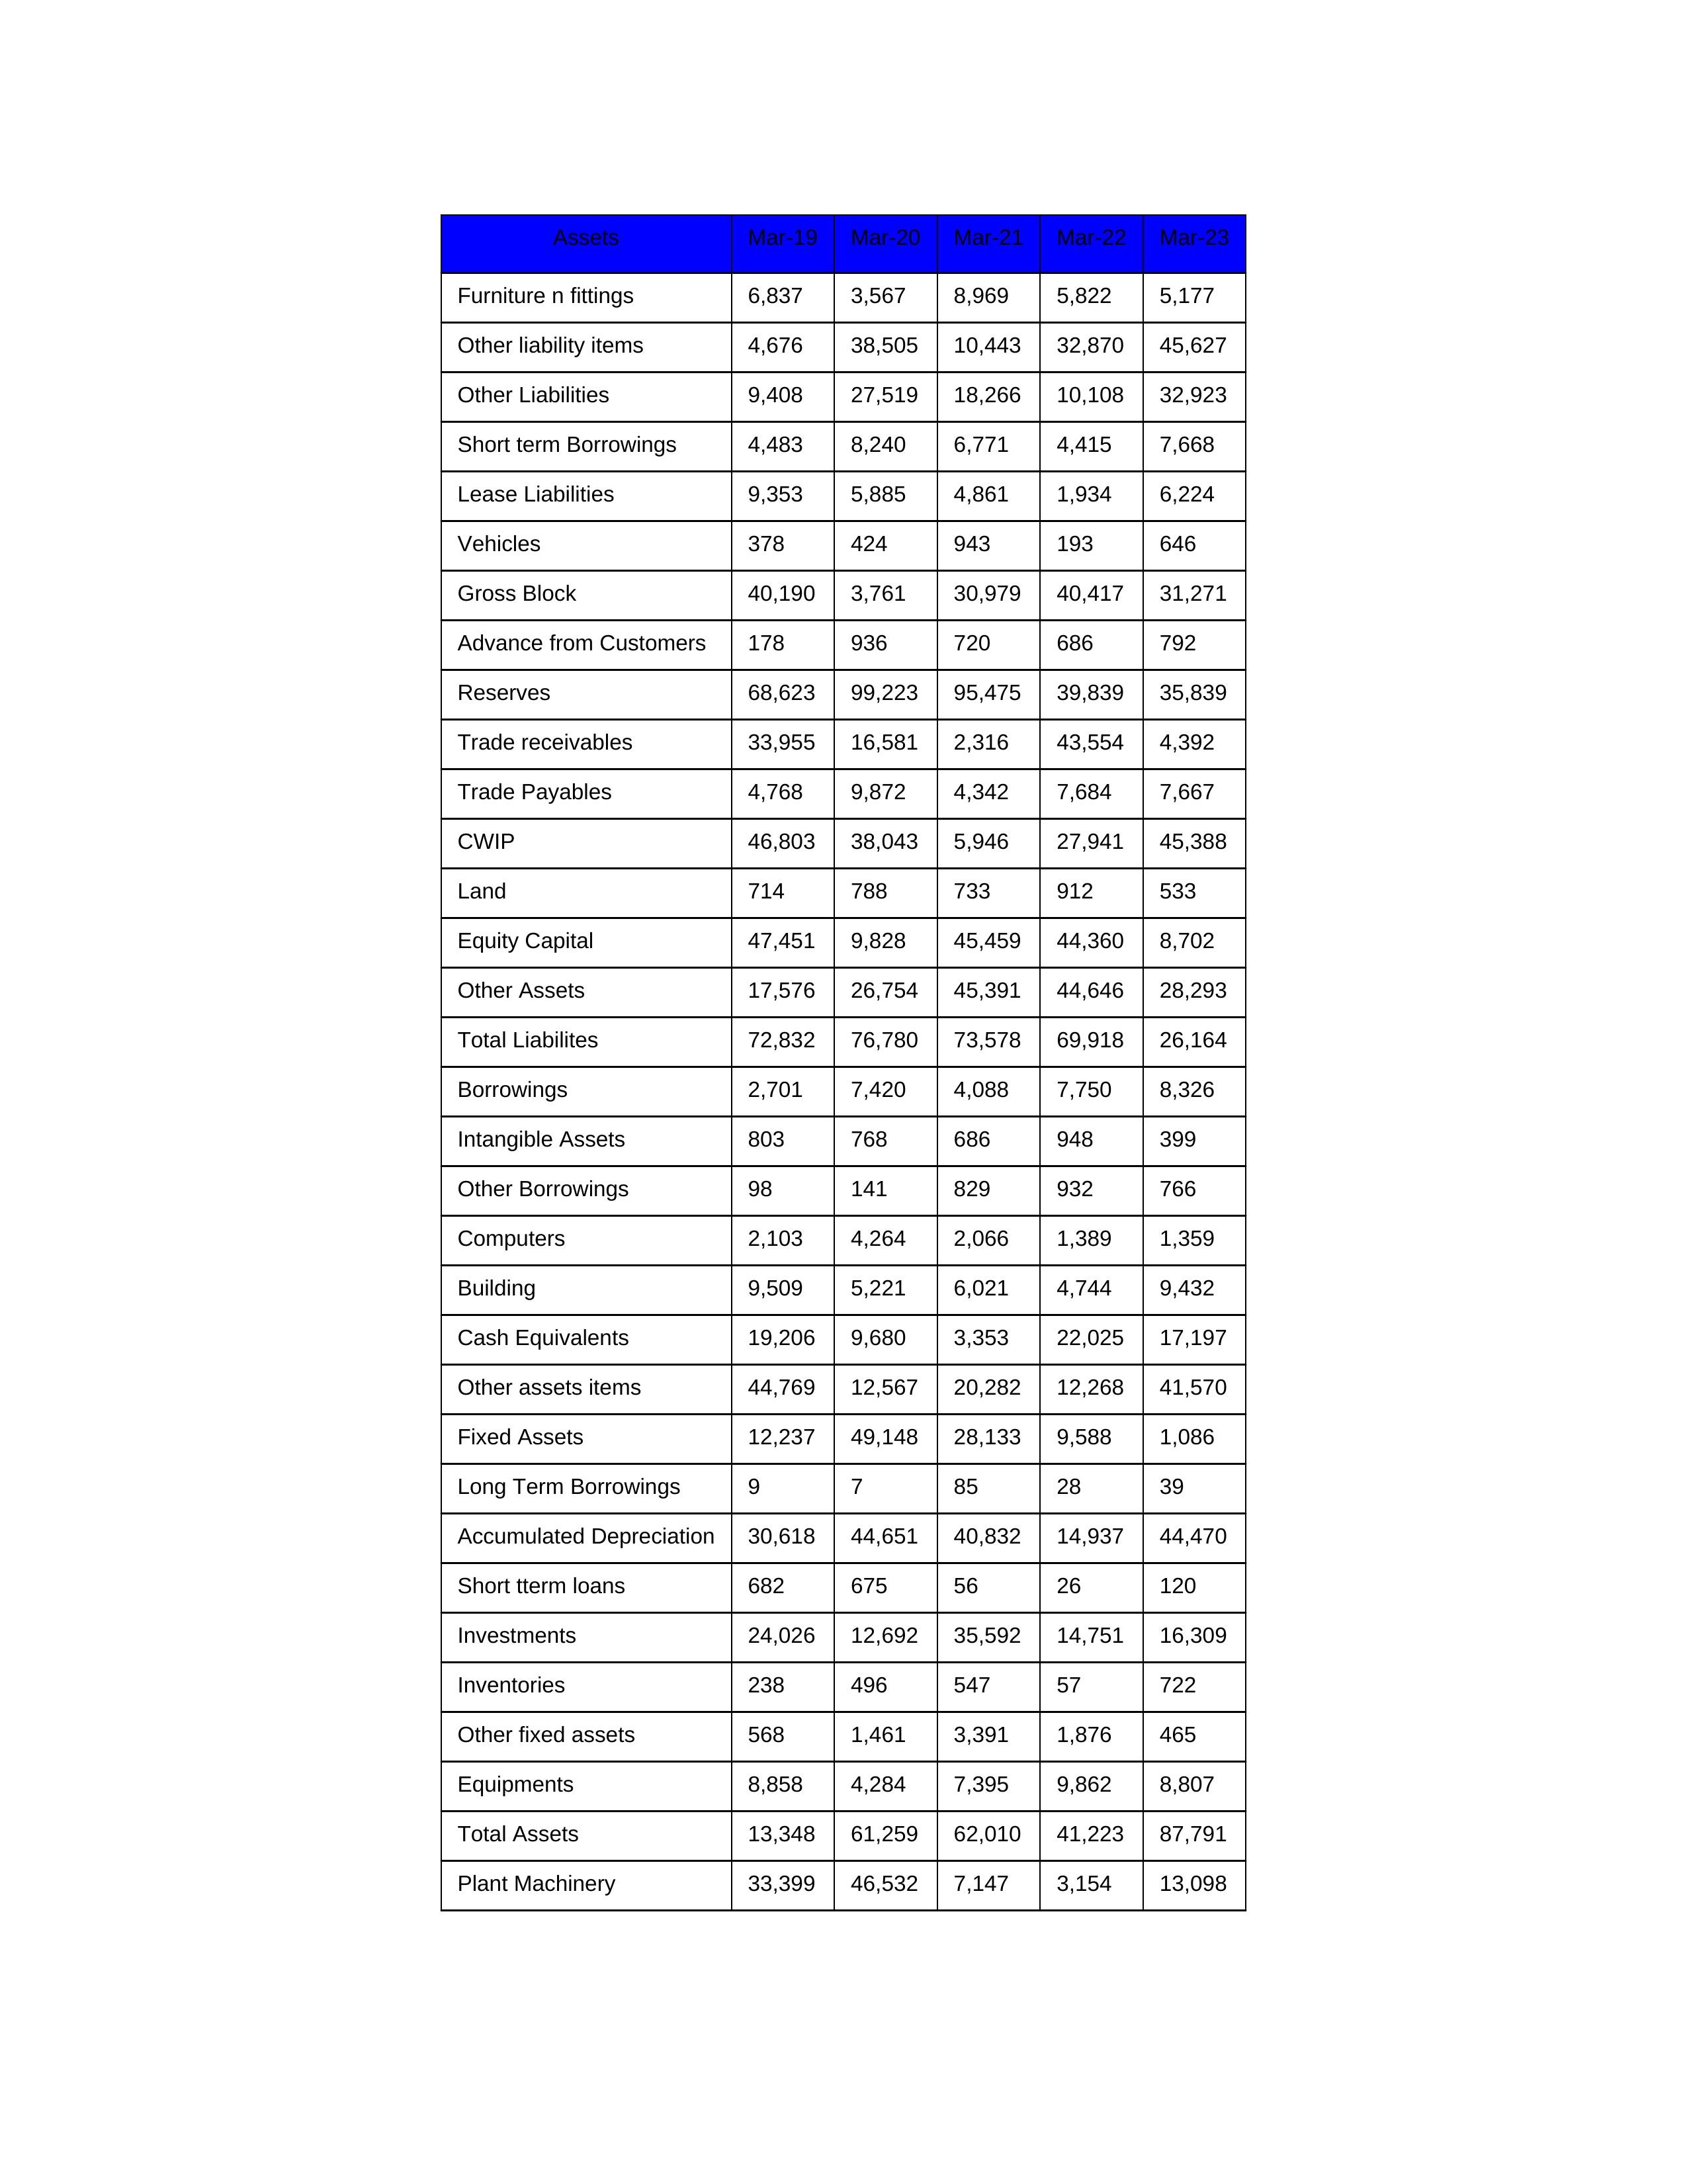
gt_parse: Mar-19: Equity Capital: 47,451
Reserves: 68,623
Borrowings: 2,701
Long Term Borrowings: 9
Short term Borrowings: 4,483
Lease Liabilities: 9,353
Other Borrowings: 98
Other Liabilities: 9,408
Trade Payables: 4,768
Advance from Customers: 178
Other liability items: 4,676
Total Liabilites: 72,832
Fixed Assets: 12,237
Land: 714
Building: 9,509
Plant Machinery: 33,399
Equipments: 8,858
Computers: 2,103
Furniture n fittings: 6,837
Vehicles: 378
Intangible Assets: 803
Other fixed assets: 568
Gross Block: 40,190
Accumulated Depreciation: 30,618
CWIP: 46,803
Investments: 24,026
Other Assets: 17,576
Inventories: 238
Trade receivables: 33,955
Cash Equivalents: 19,206
Short tterm loans: 682
Other assets items: 44,769
Total Assets: 13,348
Mar-20: Equity Capital: 9,828
Reserves: 99,223
Borrowings: 7,420
Long Term Borrowings: 7
Short term Borrowings: 8,240
Lease Liabilities: 5,885
Other Borrowings: 141
Other Liabilities: 27,519
Trade Payables: 9,872
Advance from Customers: 936
Other liability items: 38,505
Total Liabilites: 76,780
Fixed Assets: 49,148
Land: 788
Building: 5,221
Plant Machinery: 46,532
Equipments: 4,284
Computers: 4,264
Furniture n fittings: 3,567
Vehicles: 424
Intangible Assets: 768
Other fixed assets: 1,461
Gross Block: 3,761
Accumulated Depreciation: 44,651
CWIP: 38,043
Investments: 12,692
Other Assets: 26,754
Inventories: 496
Trade receivables: 16,581
Cash Equivalents: 9,680
Short tterm loans: 675
Other assets items: 12,567
Total Assets: 61,259
Mar-21: Equity Capital: 45,459
Reserves: 95,475
Borrowings: 4,088
Long Term Borrowings: 85
Short term Borrowings: 6,771
Lease Liabilities: 4,861
Other Borrowings: 829
Other Liabilities: 18,266
Trade Payables: 4,342
Advance from Customers: 720
Other liability items: 10,443
Total Liabilites: 73,578
Fixed Assets: 28,133
Land: 733
Building: 6,021
Plant Machinery: 7,147
Equipments: 7,395
Computers: 2,066
Furniture n fittings: 8,969
Vehicles: 943
Intangible Assets: 686
Other fixed assets: 3,391
Gross Block: 30,979
Accumulated Depreciation: 40,832
CWIP: 5,946
Investments: 35,592
Other Assets: 45,391
Inventories: 547
Trade receivables: 2,316
Cash Equivalents: 3,353
Short tterm loans: 56
Other assets items: 20,282
Total Assets: 62,010
Mar-22: Equity Capital: 44,360
Reserves: 39,839
Borrowings: 7,750
Long Term Borrowings: 28
Short term Borrowings: 4,415
Lease Liabilities: 1,934
Other Borrowings: 932
Other Liabilities: 10,108
Trade Payables: 7,684
Advance from Customers: 686
Other liability items: 32,870
Total Liabilites: 69,918
Fixed Assets: 9,588
Land: 912
Building: 4,744
Plant Machinery: 3,154
Equipments: 9,862
Computers: 1,389
Furniture n fittings: 5,822
Vehicles: 193
Intangible Assets: 948
Other fixed assets: 1,876
Gross Block: 40,417
Accumulated Depreciation: 14,937
CWIP: 27,941
Investments: 14,751
Other Assets: 44,646
Inventories: 57
Trade receivables: 43,554
Cash Equivalents: 22,025
Short tterm loans: 26
Other assets items: 12,268
Total Assets: 41,223
Mar-23: Equity Capital: 8,702
Reserves: 35,839
Borrowings: 8,326
Long Term Borrowings: 39
Short term Borrowings: 7,668
Lease Liabilities: 6,224
Other Borrowings: 766
Other Liabilities: 32,923
Trade Payables: 7,667
Advance from Customers: 792
Other liability items: 45,627
Total Liabilites: 26,164
Fixed Assets: 1,086
Land: 533
Building: 9,432
Plant Machinery: 13,098
Equipments: 8,807
Computers: 1,359
Furniture n fittings: 5,177
Vehicles: 646
Intangible Assets: 399
Other fixed assets: 465
Gross Block: 31,271
Accumulated Depreciation: 44,470
CWIP: 45,388
Investments: 16,309
Other Assets: 28,293
Inventories: 722
Trade receivables: 4,392
Cash Equivalents: 17,197
Short tterm loans: 120
Other assets items: 41,570
Total Assets: 87,791